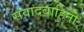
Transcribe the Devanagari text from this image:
संवादबाहिनी